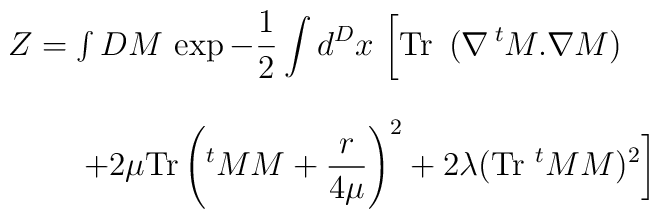
\begin{array}{l}Z= \int DM \, \exp{\displaystyle-{1\over2} \int d^Dx\ \bigg[{\mbox{\rm Tr}} \ \,(\nabla \, ^tM .\nabla M)}\\\\\ \ \ \ \ \ \  {\displaystyle +{2\mu}{\hbox{\rm Tr}}\left({}^tM M+{r\over 4 \mu}\right)^2+2{\lambda} (\mbox{\rm Tr}\ ^tM M)^2\bigg]}\end{array}